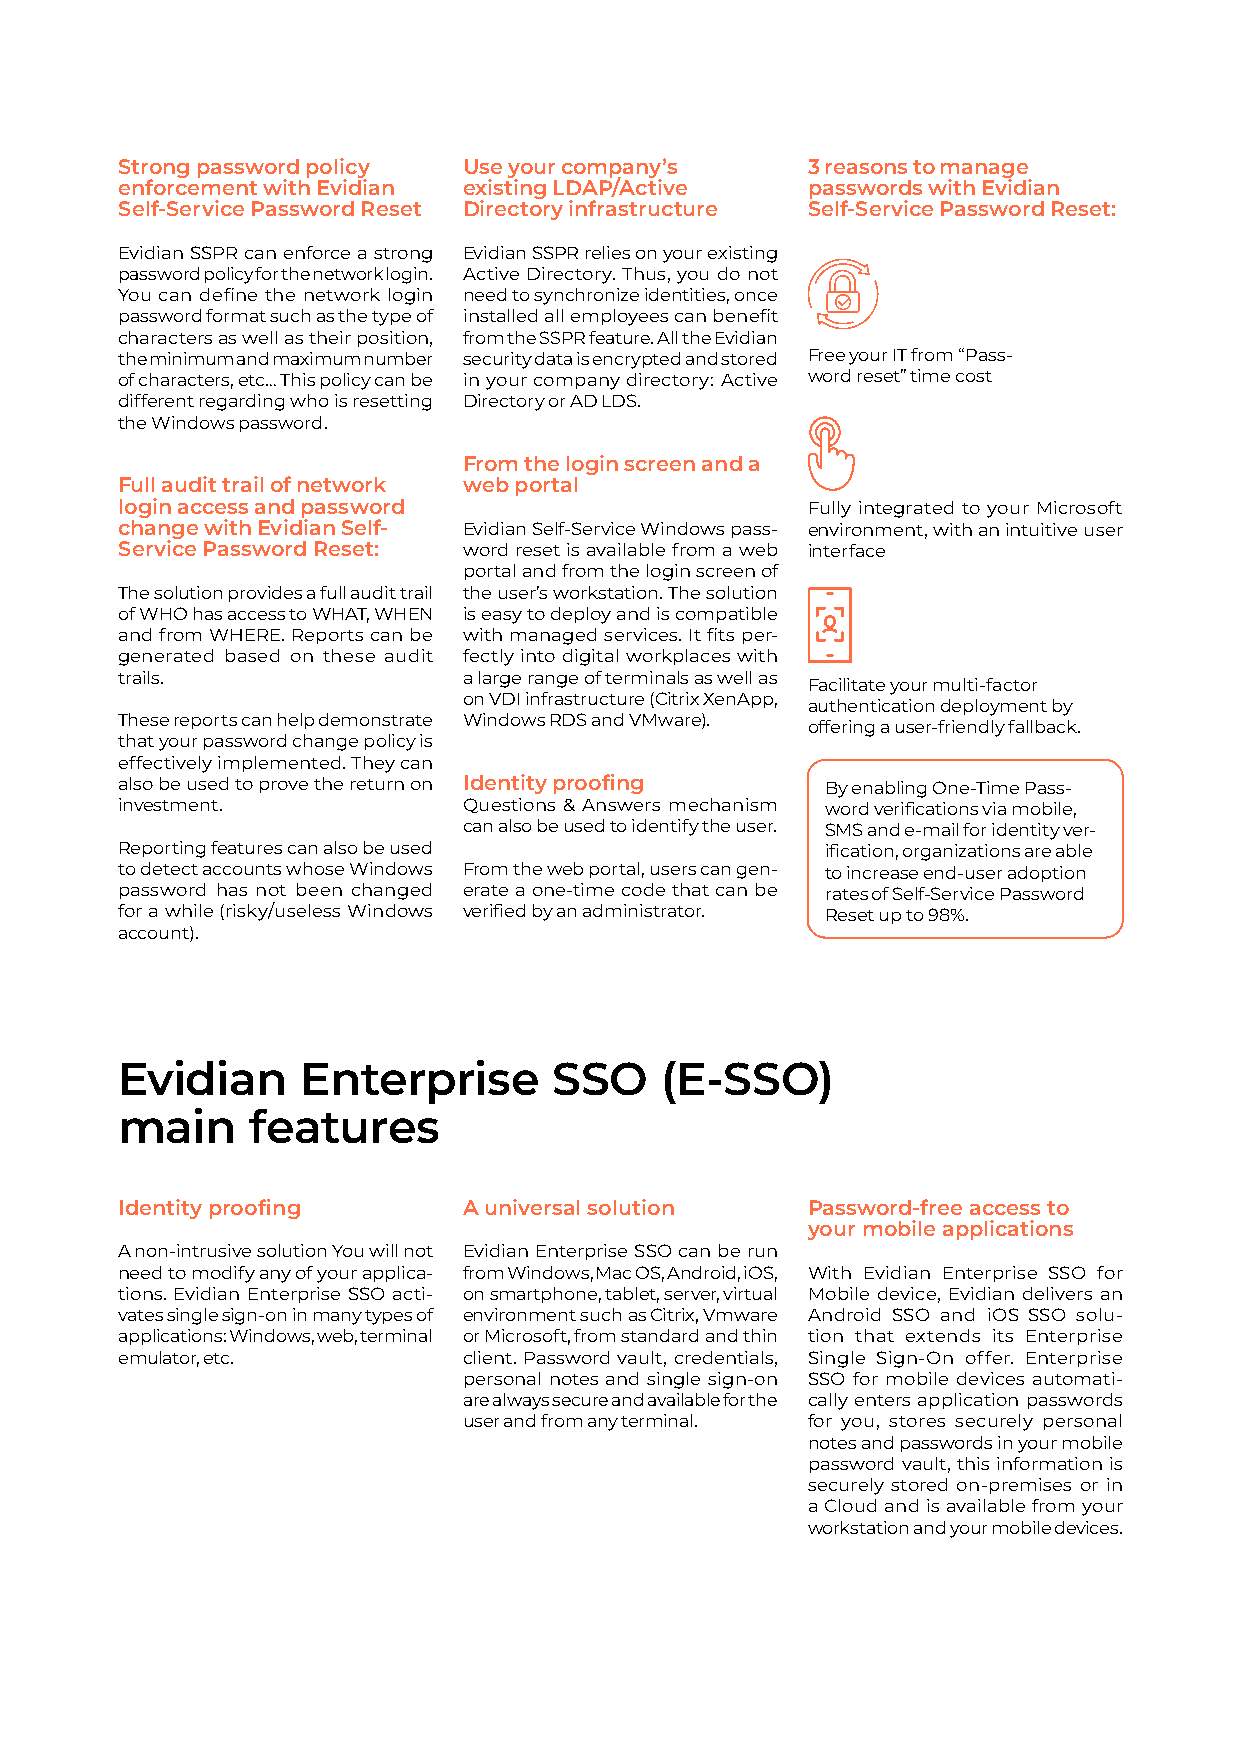
Strong password policy Use your company’s    3 reasons to manage
 enforcement with Evidian existing LDAP/Active passwords with Evidian
 Self-Service Password Reset Directory infrastructure Self-Service Password Reset:
 Evidian SSPR can enforce a strong Evidian SSPR relies on your existing
 password policy for the network login. Active Directory. Thus, you do not
 You can define the network login need to synchronize identities, once
 password format such as the type of installed all employees can benefit
 characters as well as their position, from the SSPR feature. All the Evidian
 the minimum and maximum number security data is encrypted and stored Free your IT from “Pass-
 of characters, etc… This policy can be in your company directory: Active word reset” time cost
 different regarding who is resetting Directory or AD LDS.
 the Windows password.
 From the login screen and a
 Full audit trail of network web portal
 login access and password                    Fully integrated to your Microsoft
 change with Evidian Self- Evidian Self-Service Windows pass- environment, with an intuitive user
 Service Password Reset: word reset is available from a web interface
 portal and from the login screen of
 The solution provides a full audit trail the user’s workstation. The solution
 of WHO has access to WHAT, WHEN is easy to deploy and is compatible
 and from WHERE. Reports can be with managed services. It fits per-
 generated based on these audit fectly into digital workplaces with
 trails.                a large range of terminals as well as
 Facilitate your multi-factor
 on VDI infrastructure (Citrix XenApp,
 authentication deployment by
 These reports can help demonstrate Windows RDS and VMware).
 offering a user-friendly fallback.
 that your password change policy is
 effectively implemented. They can
 also be used to prove the return on Identity proofing By enabling One-Time Pass-
 investment.            Questions & Answers mechanism word verifications via mobile,
 can also be used to identify the user. SMS and e-mail for identity ver-
 Reporting features can also be used            ification, organizations are able
 to detect accounts whose Windows From the web portal, users can gen- to increase end-user adoption
 password has not been changed erate a one-time code that can be rates of Self-Service Password
 for a while (risky/useless Windows verified by an administrator. Reset up to 98%.
 account).
 Evidian     Enterprise       SSO    (E-SSO)
 main     features
 Identity proofing      A universal solution  Password-free access to
 your mobile applications
 A non-intrusive solution You will not Evidian Enterprise SSO can be run
 need to modify any of your applica- from Windows, Mac OS, Android, iOS, With Evidian Enterprise SSO for
 tions. Evidian Enterprise SSO acti- on smartphone, tablet, server, virtual Mobile device, Evidian delivers an
 vates single sign-on in many types of environment such as Citrix, Vmware Android SSO and iOS SSO solu-
 applications: Windows, web, terminal or Microsoft, from standard and thin tion that extends its Enterprise
 emulator, etc.         client. Password vault, credentials, Single Sign-On offer. Enterprise
 personal notes and single sign-on SSO for mobile devices automati-
 are always secure and available for the cally enters application passwords
 user and from any terminal. for you, stores securely personal
 notes and passwords in your mobile
 password vault, this information is
 securely stored on-premises or in
 a Cloud and is available from your
 workstation and your mobile devices.